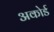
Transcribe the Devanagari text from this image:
अकोर्ड